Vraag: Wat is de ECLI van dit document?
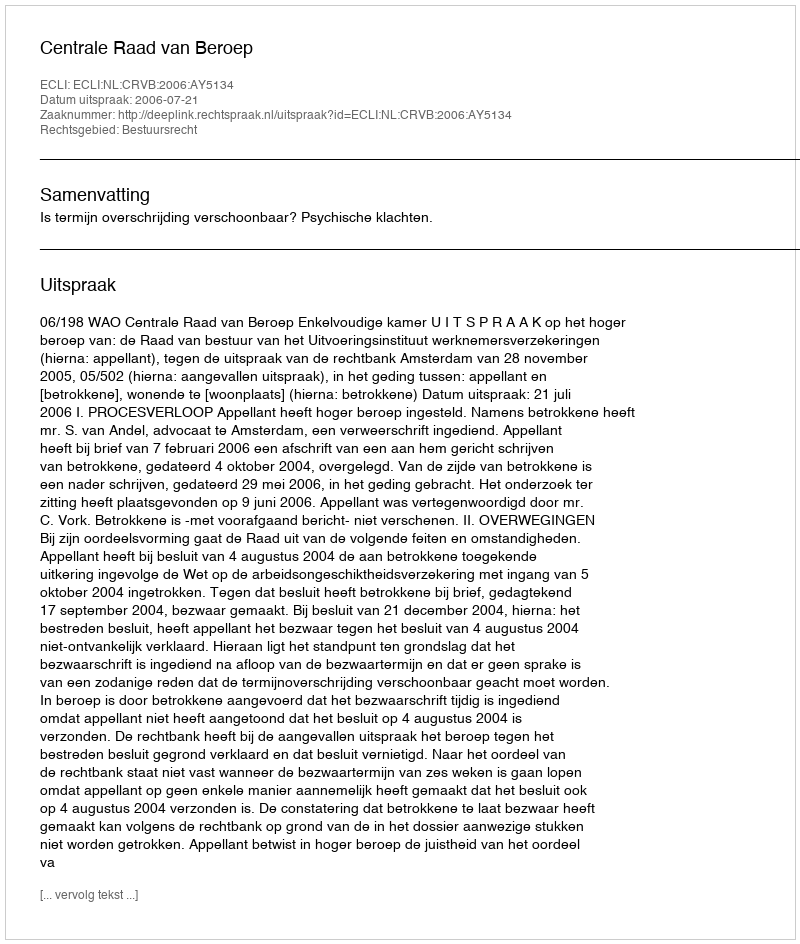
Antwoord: ECLI:NL:CRVB:2006:AY5134